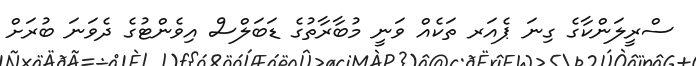
ސްރީލަންކާގެ ގިނަ ޕެއަރ ތަކެއް ވަނީ މުބާރާތުގެ ޑަބަލްސް އިވެންޓުގެ ދެވަނަ ބުރަށް